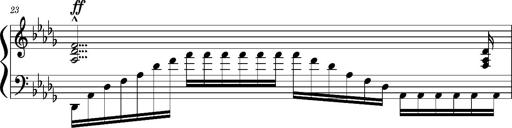
Title: Concerto sans orchestre, S.524a
Composer: Franz Liszt
Key: A major